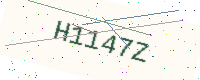
Text: H1147Z